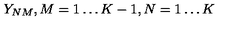
Y _ { N M } , M = 1 \ldots K - 1 , N = 1 \ldots K